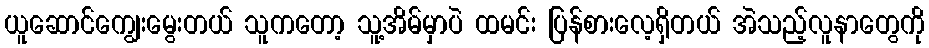
ယူဆောင်ကျွေးမွေးတယ် သူကတော့ သူ့အိမ်မှာပဲ ထမင်း ပြန်စားလေ့ရှိတယ် အဲသည့်လူနာတွေကို